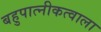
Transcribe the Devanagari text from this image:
बहुपात्नीकत्वाला